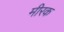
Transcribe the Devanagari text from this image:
मीरक